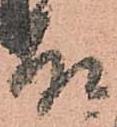
故